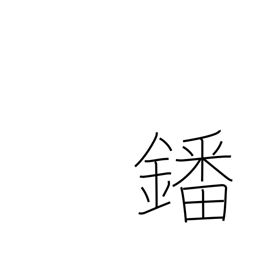
Meaning: vanadium